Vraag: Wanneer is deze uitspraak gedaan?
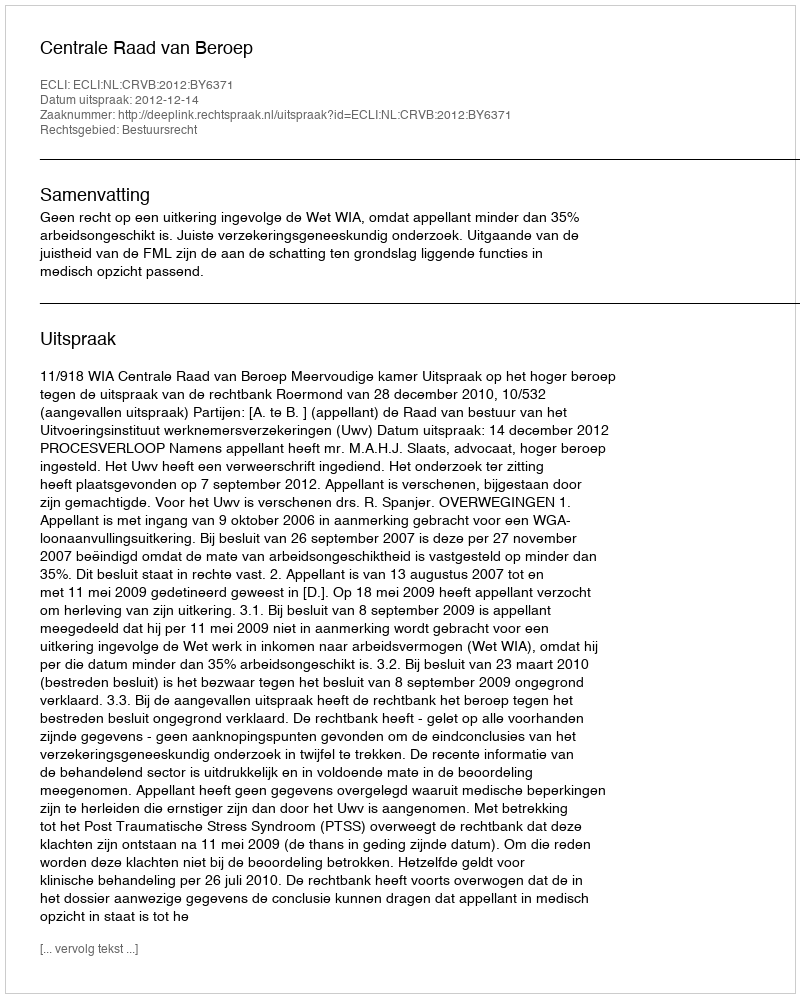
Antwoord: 2012-12-14